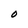
Character: O